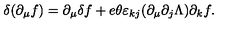
\delta ( \partial _ { \mu } f ) = \partial _ { \mu } \delta f + e \theta \varepsilon _ { k j } ( \partial _ { \mu } \partial _ { j } \Lambda ) \partial _ { k } f .